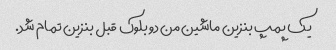
یک پمپ بنزین ماشین من دو بلوک قبل بنزین تمام شد.